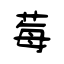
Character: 莓